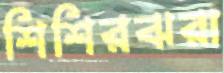
শিশিরঝরা